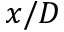
x / D